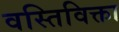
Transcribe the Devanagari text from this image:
वस्तिविक्ता